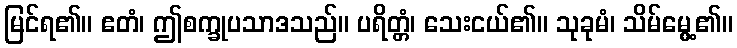
မြင်ရ၏။ ဧတံ၊ ဤစက္ခုပသာဒသည်။ ပရိတ္တံ၊ သေးငယ်၏။ သုခုမံ၊ သိမ်မွေ့၏။